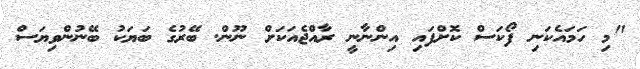
"މި ހަމައެކަނި ފޯކަސް ކޮށްފައި އިންނާނީ ރާއްޖެއަކަށް ނޫން. ބޭރުގެ ބަޔަކު ބޭނުންވިޔަސް